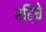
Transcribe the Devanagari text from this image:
नदिचे